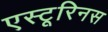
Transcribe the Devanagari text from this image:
एस्टूरिनस